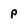
Character: p